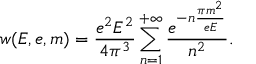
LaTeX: w ( E , e , m ) = \frac { e ^ { 2 } E ^ { 2 } } { 4 \pi ^ { 3 } } \sum _ { n = 1 } ^ { + \infty } \frac { e ^ { - n \frac { \pi m ^ { 2 } } { e E } } } { n ^ { 2 } } .